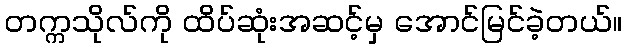
တက္ကသိုလ်ကို ထိပ်ဆုံးအဆင့်မှ အောင်မြင်ခဲ့တယ်။